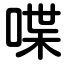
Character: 喋